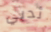
ثديي